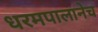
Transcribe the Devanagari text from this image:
धरमपालानेच